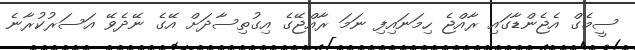
ސީމެގް އެޖެންޑާގައި ރާއްޖެ ހިމަނައިފި ނަމަ ރާއްޖޭގެ އިގުތިސާދަށް އޭގެ ނޭދެވޭ އަސަރުކުރާނެ